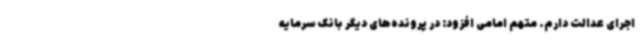
اجرای عدالت دارم. متهم امامی افزود: در پرونده‌های دیگر بانک سرمایه